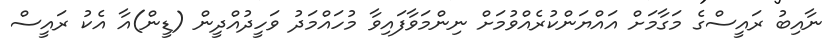
ނާއިބު ރައީސްގެ މަގާމަށް އައްޔަންކުރެއްވުމަށް ނިންމަވާފައިވާ މުހައްމަދު ވަހީދުއްދީން (ޑީން)އާ އެކު ރައީސް